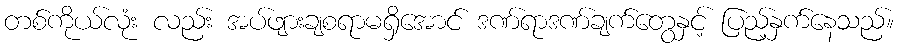
တစ်ကိုယ်လုံး လည်း အပ်ဖျားချစရာမရှိအောင် ဒဏ်ရာဒဏ်ချက်တွေနှင့် ပြည့်နှက်နေသည်။